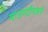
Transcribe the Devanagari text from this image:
माउण्टौनजने